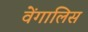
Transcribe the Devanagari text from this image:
वेंगालिस